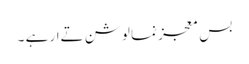
بس معجز نما لوشن تےار ہے ۔